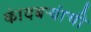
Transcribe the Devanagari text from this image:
कांदबर्‍यांची